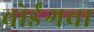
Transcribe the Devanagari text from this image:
बोईंगचा